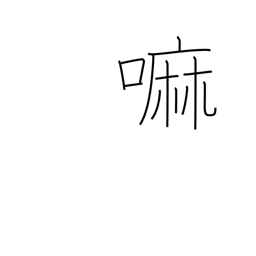
Meaning: wheat